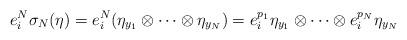
LaTeX: \begin{align*} e_{i}^{N}\sigma_{N}(\eta) =e_{i}^{N}(\eta_{y_{1}} \otimes \cdots \otimes \eta_{y_{N}})=e_{i}^{p_{1}}\eta_{y_{1}} \otimes \cdots \otimes e_{i}^{p_{N}}\eta_{y_{N}}\end{align*}